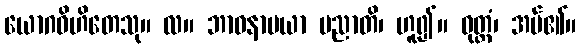
ယောဂဝိဟိတေသု။ လ။ ဘာဝနာမယာ ပညာတိ၊ ဟူ၍။ ဝုတ္တံ၊ အပ်၏။